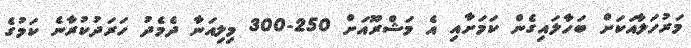
މަރުހަލާއަކަށް ބަހާލައިގެން ކަމަށާއި އެ މަޝްރޫއަށް 250-300 މިލިއަނާ ދެމެދު ހަރަދުކުރާނެ ކަމުގެ